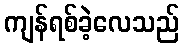
ကျန်ရစ်ခဲ့လေသည်